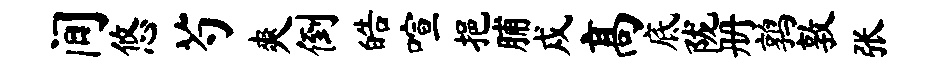
间悠芍爽倒皓喧挹脯戍高底陇册鹑敦张